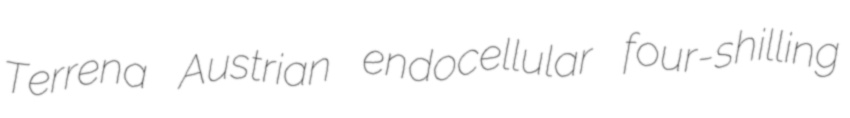
Terrena Austrian endocellular four-shilling